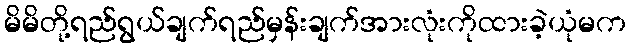
မိမိတို့ရည်ရွယ်ချက်ရည်မှန်းချက်အားလုံးကိုထားခဲ့ယုံမက